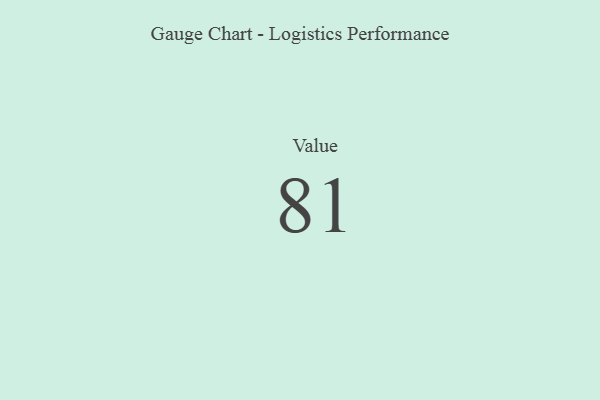
{"axis": {"x": "Metric", "y": "Value"}, "legend": [""], "data": [{"x": "Value", "y": 81, "type": ""}]}